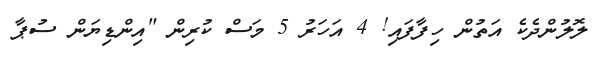
ލޮލުންދެކެ އަތުން ހިފާފައި! 4 އަހަރު 5 މަސް ކުރިން "އިންޑިޔަން ސުޕާ